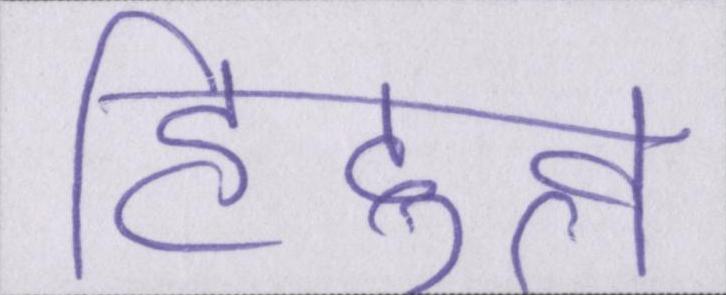
हिंदुत्व